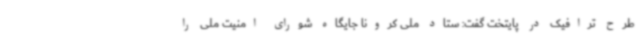
طرح ترافیک در پایتخت گفت: ستاد ملی کرونا جایگاه شورای امنیت ملی را